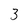
Character: 3